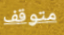
متوقف